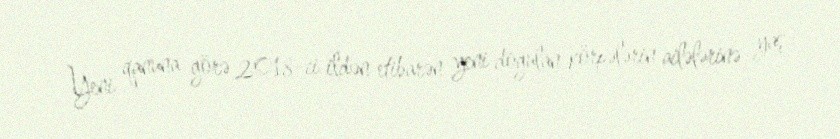
Yeni qanuna görə 2018-ci ildən etibarən yeni doğulan körpələrin ailələrinə yaş